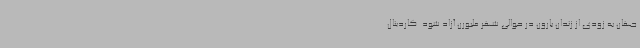
جهان به زودی از زندان بارون در حوالی شهر ملبورن آزاد شود. کاردینال